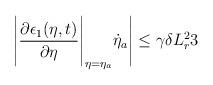
LaTeX: \begin{align*}\Bigg|\dfrac{\partial \epsilon_1(\eta,t)}{\partial \eta}\Bigg|_{\eta = \eta_a}\dot{\eta}_a \Bigg| \le \gamma \delta L_r^2 3\end{align*}